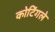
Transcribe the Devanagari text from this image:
कोटिंगले